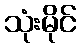
သုံးမိုင်